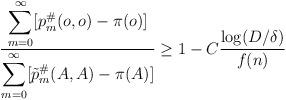
LaTeX: \begin{align*} \frac{\displaystyle\sum_{m=0}^\infty [ p^\#_m(o, o) - \pi (o)] }{\displaystyle \sum_{m=0}^\infty [ \tilde p^\#_m(A, A) - \pi (A)] } \ge 1 - C\frac{ \log (D/\delta)}{f(n)}\end{align*}